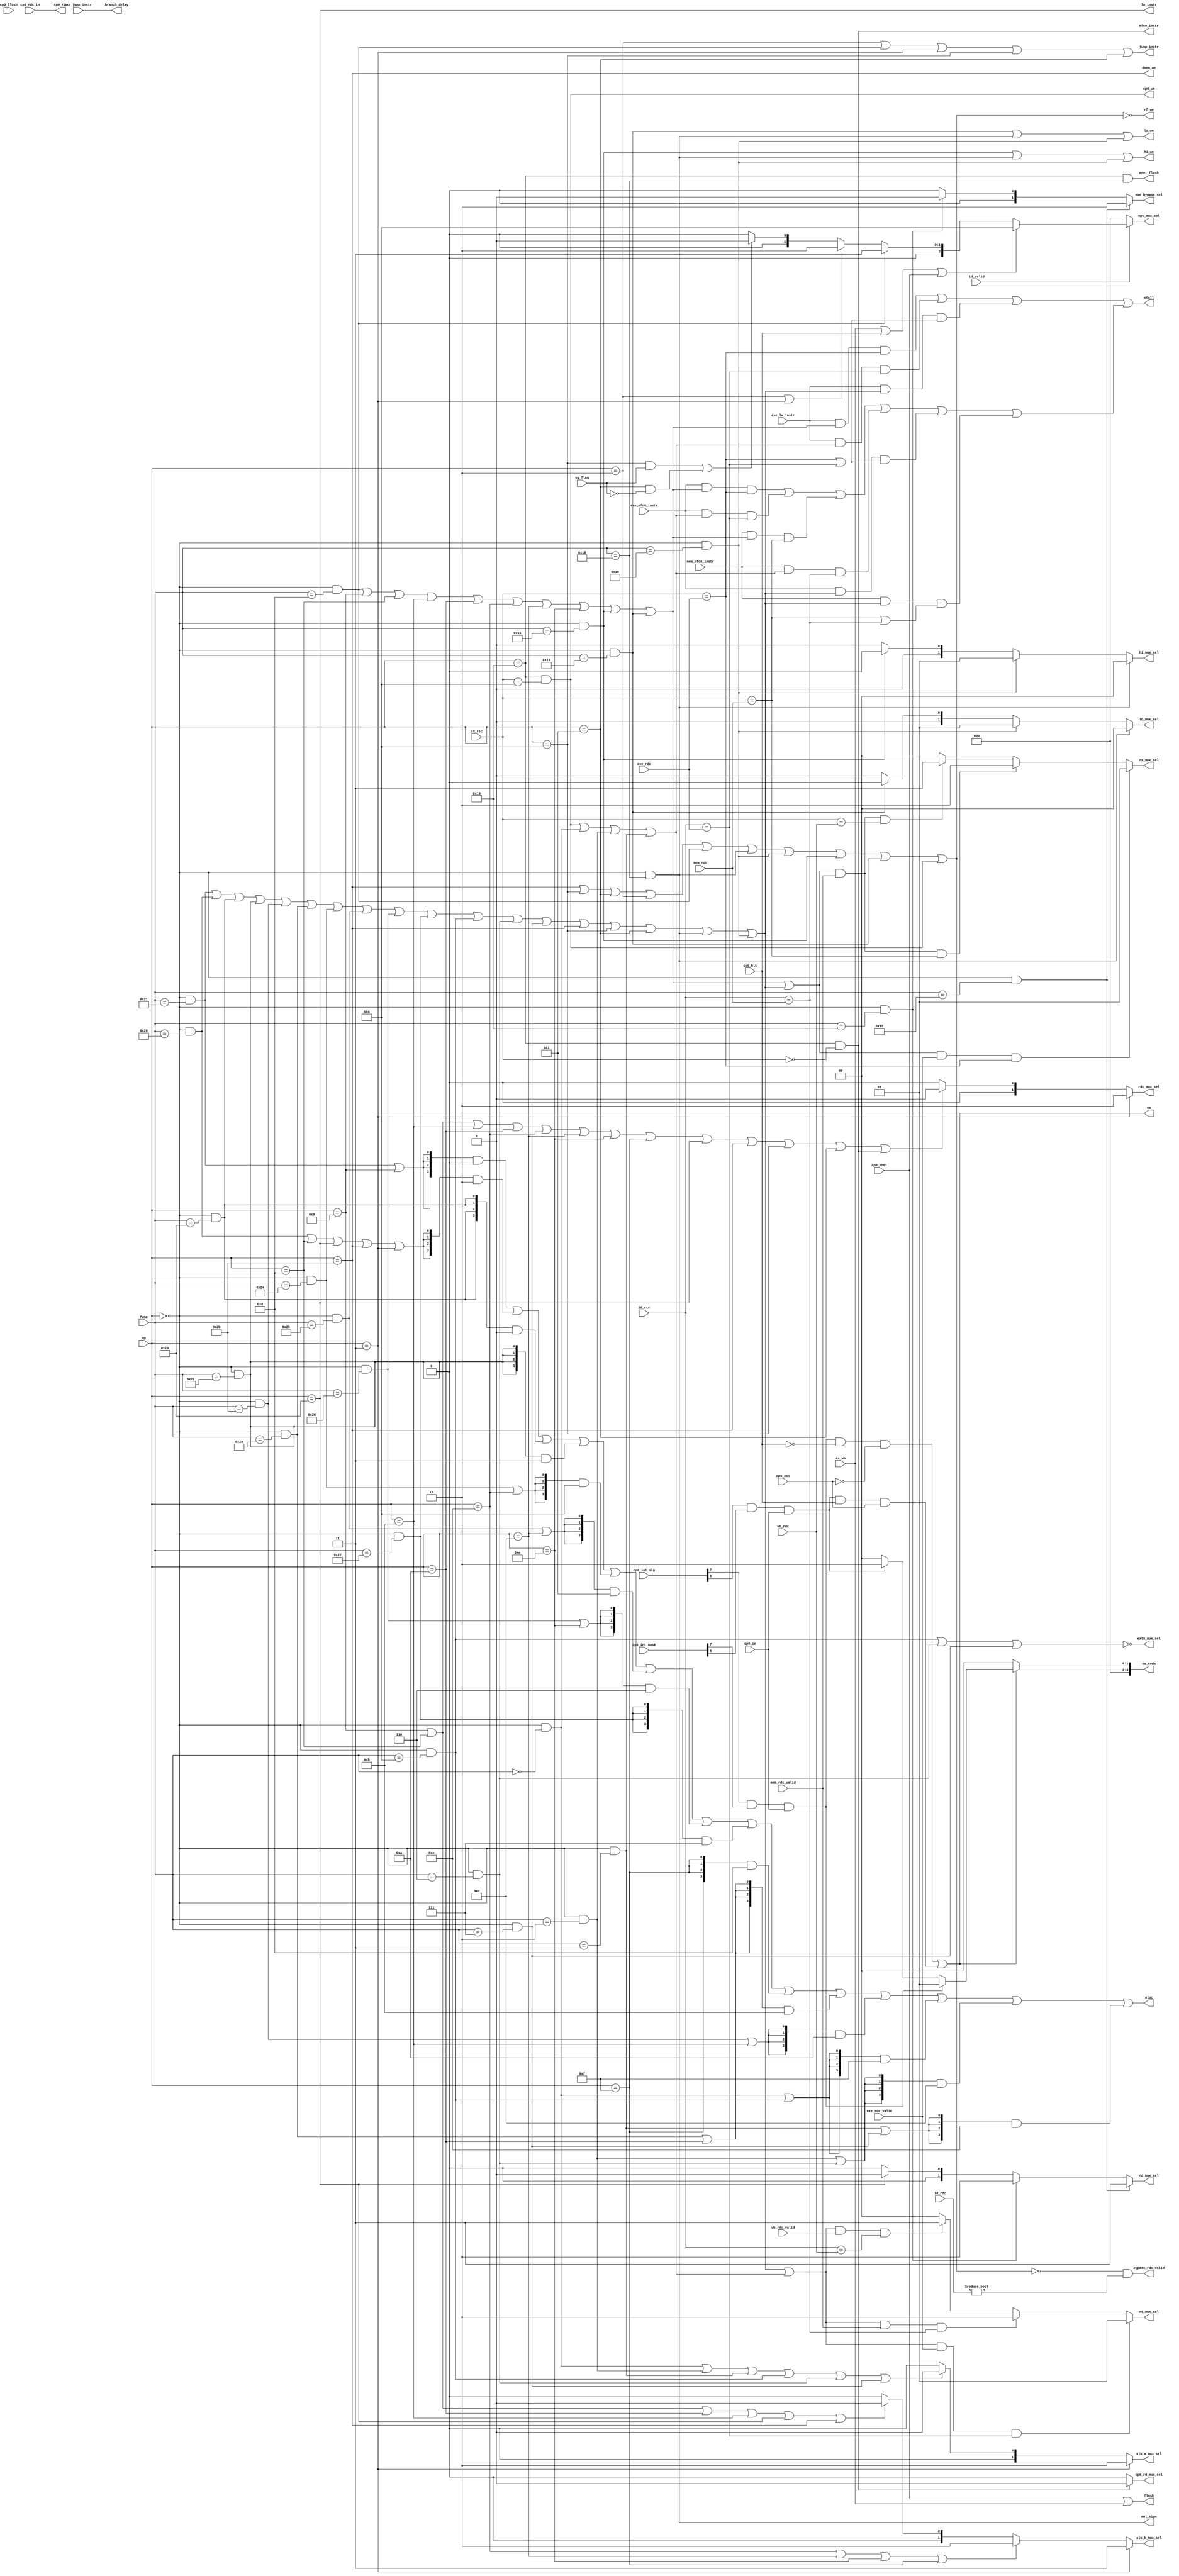
`timescale 1ns / 1ps
//////////////////////////////////////////////////////////////////////////////////
// 
// Design Name: 
// Module Name: CONTROL
// 
//////////////////////////////////////////////////////////////////////////////////


module cu(
    // input
    input wire id_valid,
    // operation judgement dependency
    input wire [5:0] op,
    input wire [5:0] func,
    // bypass control signal dependency
    input wire [4:0] id_rsc,
    input wire [4:0] id_rtc,
    input wire [4:0] id_rdc,
    input wire [4:0] exe_rdc,
    input wire [4:0] mem_rdc,
    input wire [4:0] wb_rdc,
    input wire exe_rdc_valid,
    input wire mem_rdc_valid,
    input wire wb_rdc_valid,
    // beq bne jump 
    input wire eq_flag,
    // is src needed after LW instruction
    // pipe lw block
    input wire exe_lw_instr,
    // pipe mfc0 block
    input wire exe_mfc0_instr,
    input wire mem_mfc0_instr,
    // pipe branch delay
    input wire exe_jump_instr,
    // cp0 exception input
    input wire ex_wb,
    input wire cp0_flush,
    input wire cp0_hlt,
    input wire cp0_eret,
    input wire cp0_ie,
    input wire cp0_exl,
    input wire [7:0] cp0_int_mask,
    input wire [7:0] cp0_int_sig,
    input wire [4:0] cp0_rdc_in,
    
    // output
    
    // alu control signal 
    output wire [3:0] aluc,
    // mux control signal 
    output wire [2:0] npc_mux_sel,
    output wire [1:0] rs_mux_sel,
    output wire [1:0] rt_mux_sel,
    output wire [1:0] rdc_mux_sel,
    output wire [0:0] ext5_mux_sel,
    output wire [1:0] alu_a_mux_sel,
    output wire [1:0] alu_b_mux_sel,
    output wire [1:0] rd_mux_sel,
    output wire [1:0] lo_mux_sel,
    output wire [1:0] hi_mux_sel,
    output wire mul_sign,
    output wire [1:0] exe_bypass_sel,
    // mem / regfile write signal
    output wire dmem_we,
    output wire rf_we,
    output wire lo_we,
    output wire hi_we,
    // pipeline block signal
    
    output wire flush,
    output wire stall,
    output wire lw_instr,
    output wire mfc0_instr,
    output wire jump_instr,
    // bypass 
    output wire bypass_rdc_valid,
    // cp0 exception output 
    output wire ex,
    output wire cp0_we,
    output wire [4:0] ex_code,
    output wire [0:0] cp0_rd_mux_sel,
    output wire [4:0] cp0_rdc,
    output wire eret_flush,
    output wire branch_delay
    
);

wire op_addu, op_add, op_addiu, op_addi;
wire op_subu, op_sub;
wire op_sltu, op_slt, op_sltiu, op_slti;
wire op_and, op_andi, op_or, op_ori, op_xor, op_xori;
wire op_nor, op_lui;
wire op_sll, op_srl, op_sra;
wire op_sllv, op_srlv, op_srav;
wire op_lw, op_sw;
wire op_beq, op_bne;
wire op_j, op_jal, op_jr;
wire op_mult, op_multu;
wire op_mfhi, op_mflo, op_mthi, op_mtlo;
wire op_mfc0, op_mtc0;
wire op_eret;


wire instr_no_write;
wire instr_both_visit, instr_rs_visit, instr_rt_visit;

// instruction recognize
assign op_addu      = (op == 6'b000000) && (func == 6'b100001);
assign op_add       = (op == 6'b000000) && (func == 6'b100000);
assign op_addiu     = (op == 6'b001001);
assign op_addi      = (op == 6'b001000);
assign op_subu      = (op == 6'b000000) && (func == 6'b100011);
assign op_sub       = (op == 6'b000000) && (func == 6'b100010);
assign op_sltu      = (op == 6'b000000) && (func == 6'b101011);
assign op_slt       = (op == 6'b000000) && (func == 6'b101010);
assign op_sltiu     = (op == 6'b001011);
assign op_slti      = (op == 6'b001010);
assign op_and       = (op == 6'b000000) && (func == 6'b100100);
assign op_or        = (op == 6'b000000) && (func == 6'b100101);
assign op_xor       = (op == 6'b000000) && (func == 6'b100110);
assign op_nor       = (op == 6'b000000) && (func == 6'b100111);
assign op_andi      = (op == 6'b001100);
assign op_ori       = (op == 6'b001101);
assign op_xori      = (op == 6'b001110);
assign op_lui       = (op == 6'b001111);
assign op_sll       = (op == 6'b000000) && (func == 6'b000000);
assign op_srl       = (op == 6'b000000) && (func == 6'b000010);
assign op_sra       = (op == 6'b000000) && (func == 6'b000011);
assign op_sllv      = (op == 6'b000000) && (func == 6'b000100);
assign op_srlv      = (op == 6'b000000) && (func == 6'b000110);
assign op_srav      = (op == 6'b000000) && (func == 6'b000111);
assign op_lw        = (op == 6'b100011);
assign op_sw        = (op == 6'b101011);
assign op_beq       = (op == 6'b000100);
assign op_bne       = (op == 6'b000101);
assign op_j         = (op == 6'b000010);
assign op_jal       = (op == 6'b000011);
assign op_jr        = (op == 6'b000000) && (func == 6'b001000);
assign op_mult      = (op == 6'b000000) && (func == 6'b011000);
assign op_multu     = (op == 6'b000000) && (func == 6'b011001);
assign op_mfhi      = (op == 6'b000000) && (func == 6'b010000);
assign op_mflo      = (op == 6'b000000) && (func == 6'b010010);
assign op_mthi      = (op == 6'b000000) && (func == 6'b010001);
assign op_mtlo      = (op == 6'b000000) && (func == 6'b010011);
assign op_mfc0      = (op == 6'b010000) && (id_rsc == 5'b00000);
assign op_mtc0      = (op == 6'b010000) && (id_rsc == 5'b00100);
assign op_eret      = (op == 6'b010000) && (func == 6'b011000);


assign instr_no_write = op_sw   | op_beq    | op_bne    | op_j      | 
                        op_jr   | op_mult   | op_multu  | op_mthi   | 
                        op_mtlo | op_mtc0;
assign instr_rs_visit = op_jr   | op_addiu  | op_addi   | op_sltiu  | 
                        op_slti | op_andi   | op_ori    | op_xori   |
                        op_mthi | op_mtlo;
assign instr_both_visit = op_addu   | op_add    | op_subu   | op_sub    |
                          op_sltu   | op_slt    | op_and    | op_or     |
                          op_xor    | op_nor    | op_sllv   | op_srlv   |
                          op_srav   | op_sw     | op_beq    | op_bne    |
                          op_mult   | op_multu;
assign instr_rt_visit =   op_mtc0   | op_sll    | op_srl    | op_sra;

// interrupt management
parameter EX_CODE_INT = 5'h00;
parameter EX_CODE_HLT = 5'h01;
parameter EX_CODE_RESUME = 5'h02;

wire has_int;
wire int_hlt;
wire int_resume;
assign has_int = ((cp0_int_sig[7:0] & cp0_int_mask[7:0]) != 8'h00) &&
                 cp0_ie == 1'b1 /*&& cp0_exl == 1'b0*/ ;
// don't response resume interrupt except in halt status
// hlt will enforce the cpu to kernal mode and in infinite loop
// and it won't be treated in times
assign int_hlt = cp0_int_sig[7] & cp0_int_mask[7] & cp0_ie;
assign int_resume = cp0_int_sig[6] & cp0_int_mask[6] & cp0_ie;

//assign ex = ((has_int & !int_resume) & !cp0_exl) 
//            || (cp0_hlt & (int_resume));
assign ex = (int_hlt & !cp0_hlt & !cp0_exl) ||
            (int_resume & cp0_hlt & cp0_exl);
            
assign ex_code = (!ex) ? EX_CODE_INT :
                 (int_hlt) ? EX_CODE_HLT :
                 (int_resume) ? EX_CODE_RESUME :
                 EX_CODE_INT;

assign cp0_we = op_mtc0;
assign cp0_rd_mux_sel = (op_mfc0) ? 1'b1 : 1'b0;
assign cp0_rdc = cp0_rdc_in;
assign eret_flush = op_eret;
assign branch_delay = exe_jump_instr;

// alu control
assign aluc = ({4{ op_addu | op_addiu }} & 4'b0000) 
            | ({4{ op_add  | op_addi | 
                   op_lw   | op_sw   | op_jal }} & 4'b0010)
            | ({4{ op_subu            }} & 4'b0001)
            | ({4{ op_sub             }} & 4'b0011)
            | ({4{ op_and  | op_andi  }} & 4'b0100)
            | ({4{ op_or   | op_ori   }} & 4'b0101)
            | ({4{ op_xor  | op_xori  }} & 4'b0110)
            | ({4{ op_nor             }} & 4'b0111)
            | ({4{ op_lui             }} & 4'b1000)
            | ({4{ op_slt  | op_slti  }} & 4'b1011)
            | ({4{ op_sltu | op_sltiu }} & 4'b1010)
            | ({4{ op_sll  | op_sllv  }} & 4'b1111)
            | ({4{ op_srl  | op_srlv  }} & 4'b1101)
            | ({4{ op_sra  | op_srav  }} & 4'b1100);


// mux selection
//assign npc_mux_sel[1] = op_jr   | op_j                  | op_jal;
//assign npc_mux_sel[0] = op_jr   | (op_beq & eq_flag)    | (op_bne & !eq_flag);

assign npc_mux_sel = (!id_valid) ? 3'b000 : 
                     (ex_wb | cp0_hlt | cp0_eret) ? 3'b100 :
                     (op_jr) ? 3'b011 :
                     (op_j | op_jal) ? 3'b010 :
                     ( (op_beq & eq_flag) | (op_bne & !eq_flag) ) ? 3'b001:
                     3'b000;
// bypass control
// pay attention to the prior of bypass
// the bypass should not be activated when 
// 1. segment data is invalid
// 2. segment instrucition has no related register
// 3. segment instrucition related register is $0

assign bypass_rdc_valid = !instr_no_write && (id_rdc != 5'd0);
assign rs_mux_sel = ((instr_rs_visit || instr_both_visit) 
                        && exe_rdc_valid && id_rsc == exe_rdc) ? 2'b01 :
                    ((instr_rs_visit || instr_both_visit) 
                        && mem_rdc_valid && id_rsc == mem_rdc) ? 2'b10 :
                    ((instr_rs_visit || instr_both_visit) 
                        && mem_rdc_valid && id_rsc == wb_rdc ) ? 2'b11 : 
                                                                 2'b00;
assign rt_mux_sel = ((instr_both_visit || instr_rt_visit) && exe_rdc_valid && id_rtc == exe_rdc) ? 2'b01 :
                    ((instr_both_visit || instr_rt_visit) && mem_rdc_valid && id_rtc == mem_rdc) ? 2'b10 :
                    ((instr_both_visit || instr_rt_visit) && wb_rdc_valid  && id_rtc == wb_rdc ) ? 2'b11 : 2'b00;
                    
assign rdc_mux_sel = (op_jal) ? 2'b10 : 
                     (op_addiu | op_addi | op_sltiu | op_slti | op_andi | op_ori |
                      op_xori  | op_lui  | op_lw    | op_sw   | op_beq  | op_bne | op_mfc0) ? 
                      2'b01 :
                      2'b00;
assign ext5_mux_sel = ~(op_sllv | op_srlv | op_srav);
assign alu_a_mux_sel = (op_jal) ? 2'b10 : 
                       (op_sll | op_srl | op_sra | op_sllv | op_srlv | op_srav) ? 2'b01 :
                       2'b00;
assign alu_b_mux_sel = (op_jal) ? 2'b11 :
                       (op_andi | op_ori    | op_xori | op_lui) ? 2'b10 :
                       (op_addi | op_addiu  | op_slti | op_sltiu | op_lw   | op_sw) ? 2'b01 :
                       2'b00;
        
assign rd_mux_sel = (op_mflo)   ? 2'b11 :
                    (op_mfhi)   ? 2'b10 :
                    (op_lw)     ? 2'b01 :
                    2'b00;
                    
assign mul_sign = op_mult;
assign lo_mux_sel = (op_mult)   ? 2'b00 :
                    (op_multu)  ? 2'b01 :
                    (op_mtlo)   ? 2'b10 :
                    2'b11;
assign hi_mux_sel = (op_mult)   ? 2'b00 :
                    (op_multu)  ? 2'b01 :
                    (op_mthi)   ? 2'b10 :
                    2'b11;
assign exe_bypass_sel = (op_mflo) ? 2'b10 :
                        (op_mfhi) ? 2'b01 :
                        2'b00;

// memory write signal
assign rf_we = ~(instr_no_write);
assign dmem_we = op_sw;
assign lo_we = op_mtlo | op_mult | op_multu;
assign hi_we = op_mthi | op_mult | op_multu;

// pipeline block signal
// and RAW with LW in exe stage, pipeline should be blocked

assign lw_instr = op_lw;
assign mfc0_instr = op_mfc0;
assign jump_instr = op_j || op_jr || op_jal || op_beq || op_bne;

assign flush = cp0_eret || ex_wb;

wire lw_stall;
wire mfc0_stall;
assign lw_stall = ((exe_lw_instr) && instr_rs_visit && (id_rsc == exe_rdc)) ||
                  ((exe_lw_instr) && instr_rt_visit && (id_rtc == exe_rdc)) ||
                  ((exe_lw_instr) && instr_both_visit && ((id_rsc == exe_rdc) || (id_rtc == exe_rdc)));
assign mfc0_stall = ((exe_mfc0_instr) && instr_rs_visit && (id_rsc == exe_rdc)) || 
                    ((exe_mfc0_instr) && instr_rt_visit && (id_rtc == exe_rdc)) ||
                    ((mem_mfc0_instr) && instr_rs_visit && (id_rsc == mem_rdc)) || 
                    ((mem_mfc0_instr) && instr_rt_visit && (id_rtc == mem_rdc)) ||
                    ((exe_mfc0_instr) && instr_both_visit && ((id_rsc == exe_rdc) || (id_rtc == exe_rdc))) ||
                    ((mem_mfc0_instr) && instr_both_visit && ((id_rsc == mem_rdc) || (id_rtc == mem_rdc)));
                    

assign stall = lw_stall | mfc0_stall;
endmodule